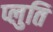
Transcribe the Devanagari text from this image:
प्लुति